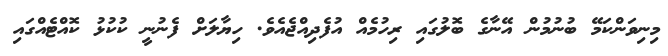
މިނިވަންކަމޭ ބުނުމުން އޭނާގެ ބޮލުގައި ރިހުމެއް އުފެދިއްޖެއެވެ. ހިޔާލަށް ފެނުނީ ކުކުޅު ކޮއްޓެއްގައި